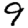
Digit: 9